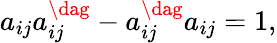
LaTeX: a_{ij}a_{ij}^{\dag}-a_{ij}^{\dag}a_{ij}=1,